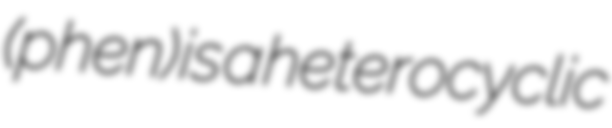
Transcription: (phen) is a heterocyclic